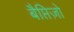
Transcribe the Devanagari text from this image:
बैप्तिज़ो